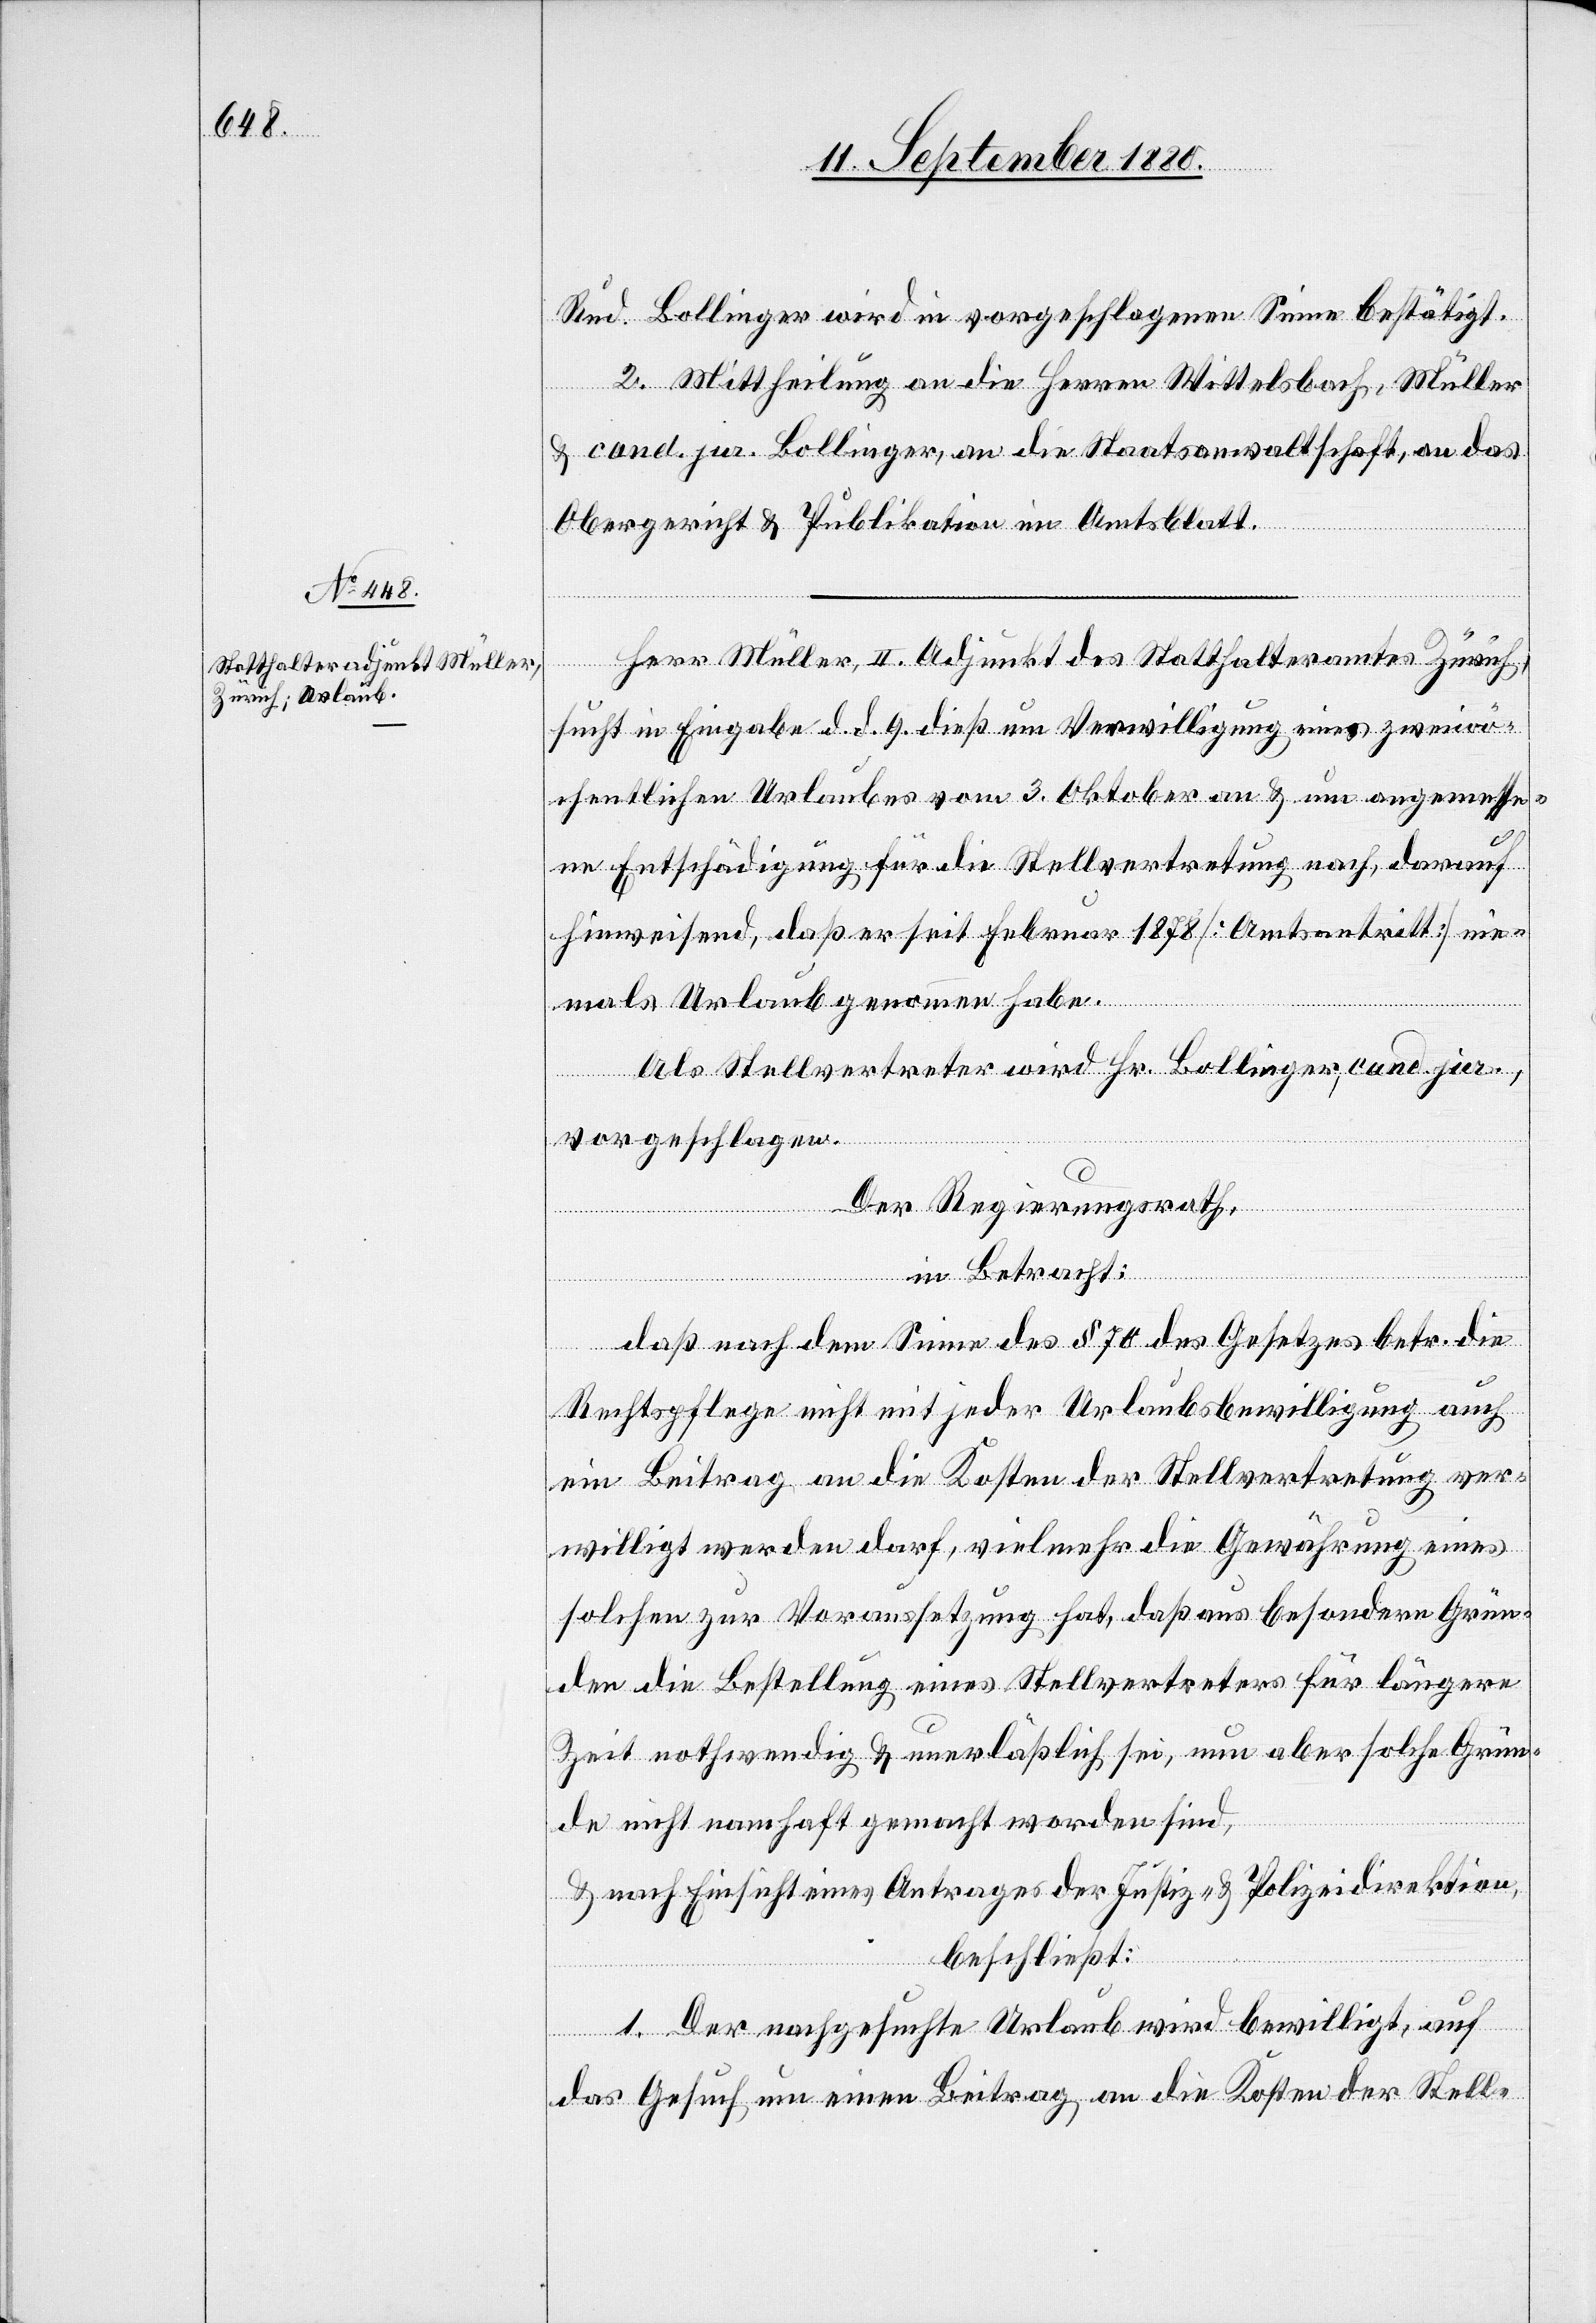
Rud. Bollinger wird in vorgeschlagenem Sinne bestätigt.
2. Mittheilung an die Herren Wittelsbach, Müller
& cand. jur. Bollinger, an die Staatsanwaltschaft, an das
Obergericht & Publikation im Amtsblatt.
Herr Müller, II. Adjunkt des Statthalteramtes Zürich,
sucht in Eingabe d. d. 9. dieß um Verwilligung eines zweiwö¬
chentlichen Urlaubes vom 3. Oktober an & um angemesse¬
ne Entschädigung für die Stellvertretung nach, darauf
hinweisend, daß er seit Februar 1878 [Amtsantritt] nie¬
mals Urlaub genommen habe.
Als Stellvertreter wird Hr. Bollinger, cand. jur.,
vorgeschlagen.
Der Regierungsrath,
in Betracht:
daß nach dem Sinne des § 70 des Gesetzes betr. die
Rechtspflege nicht mit jeder Urlaubsbewilligung auch
ein Beitrag an die Kosten der Stellvertretung ver¬
willigt werden darf, vielmehr die Gewährung eines
solchen zur Voraussetzung hat, daß aus besondern Grün¬
den die Bestellung eines Stellvertreters für längere
Zeit nothwendig & unerläßlich sei, nun aber solche Grün¬
de nicht namhaft gemacht worden sind,
& nach Einsicht eines Antrages der Justiz- & Polizeidirektion,
beschließt:
1. Der nachgesuchte Urlaub wird bewilligt, auf
das Gesuch um einen Beitrag an die Kosten der Stell-